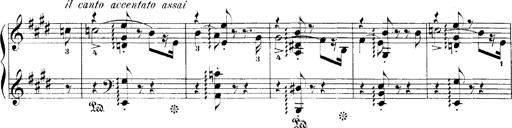
Title: LiebestrÃ¤ume
Composer: Franz Behr
Key: E-flat major